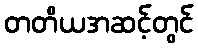
တတိယအဆင့်တွင်